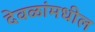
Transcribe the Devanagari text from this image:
देवळांमधील